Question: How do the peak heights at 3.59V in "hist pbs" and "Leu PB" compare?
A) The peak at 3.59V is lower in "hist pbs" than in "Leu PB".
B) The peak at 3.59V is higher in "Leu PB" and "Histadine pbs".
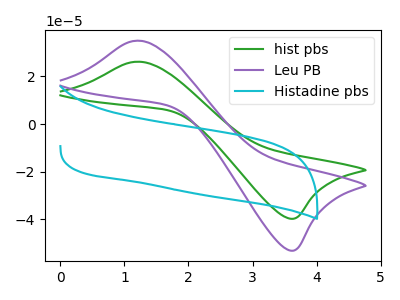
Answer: <think>The green curve "hist pbs" has an anodic peak at (1.25V, 26.15uA) and a cathodic peak at (3.60V, -39.65uA). The purple curve "Leu PB" has an anodic peak at (1.25V, 35.00uA) and a cathodic peak at (3.60V, -53.05uA). The cyan curve "Histadine pbs" has no peaks.</think>
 <answer>A) The peak at 3.59V is lower in "hist pbs" than in "Leu PB".</answer>
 <eval>A</eval>